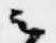
云